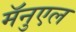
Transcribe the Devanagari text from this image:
मॅनुएल